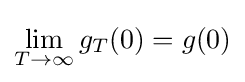
\lim _{T\to \infty }g_{T}(0)=g(0)